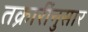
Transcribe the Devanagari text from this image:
तक्रारींनुसार